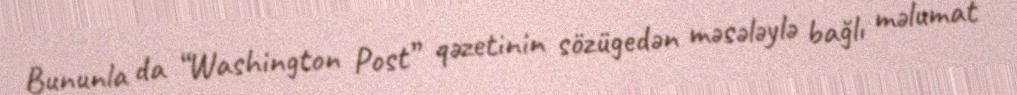
Bununla da “Washington Post” qəzetinin sözügedən məsələylə bağlı məlumat